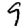
Digit: 9